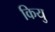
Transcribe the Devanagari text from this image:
कियु